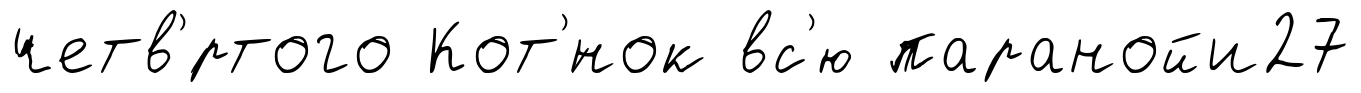
четв'́ртого Кот'́нок вс'ю паранойи27